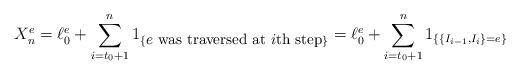
LaTeX: \begin{align*}X_n^e = \ell_0^e + \sum_{i=t_0+1}^{n} 1_{\{ \mbox{\small{$e$ was traversed at $i$th step}} \}} =\ell_0^e + \sum_{i=t_0+1}^{n}1_{\{ \{I_{i-1}, I_{i}\}=e \}} \end{align*}